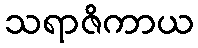
သရာဇိကာယ